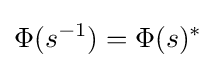
\Phi (s^{-1})=\Phi (s)^{*}